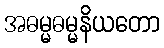
အဓမ္မဓမ္မနိယတော